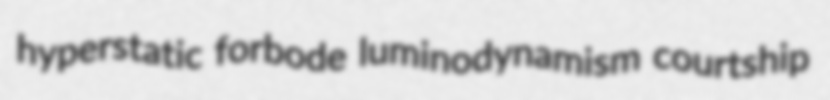
hyperstatic forbode luminodynamism courtship